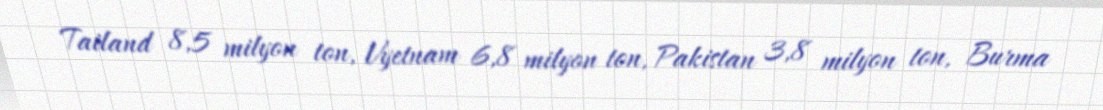
Tailand 8,5 milyon ton, Vyetnam 6,8 milyon ton, Pakistan 3,8 milyon ton, Burma